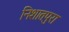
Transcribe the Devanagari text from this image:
निशातपुरा